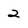
Character: 2